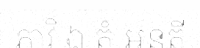
ភាវិ ឯ តំ អនតី